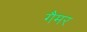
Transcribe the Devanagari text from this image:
गैमर